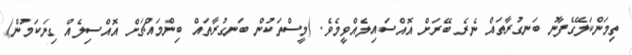
ތިމަންކަލޭގެފާނު ބަނގުރާތައް ނެރެ ބޭރަށް އޮއްސައިލެއްވީމެވެ. (މީސްތަކުން ބަނގުރާތައް ބިންމައްޗަށް އޮއްސިލެއް ގިނަކަމުން)